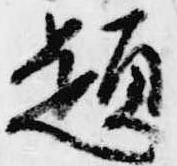
題